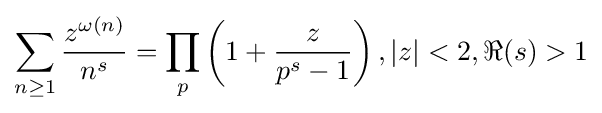
\sum _{n\geq 1}{\frac {z^{\omega (n)}}{n^{s}}}=\prod _{p}\left(1+{\frac {z}{p^{s}-1}}\right),|z|<2,\Re (s)>1